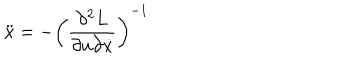
LaTeX: \ddot { x } = - \left( \frac { \partial ^ { 2 } L } { \partial u \partial \dot { x } } \right) ^ { - 1 }